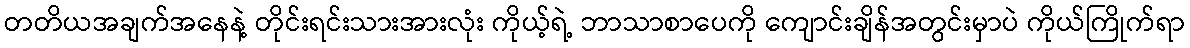
တတိယအချက်အနေနဲ့ တိုင်းရင်းသားအားလုံး ကိုယ့်ရဲ့ ဘာသာစာပေကို ကျောင်းချိန်အတွင်းမှာပဲ ကိုယ်ကြိုက်ရာ